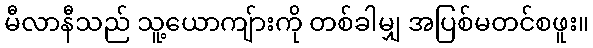
မီလာနီသည် သူ့ယောကျ်ားကို တစ်ခါမျှ အပြစ်မတင်စဖူး။